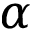
\alpha